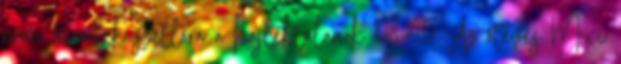
nem mentek szállóra a hajléktalanok 08:45 Az ötéves Mici